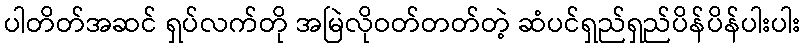
ပါတိတ်အဆင် ရှပ်လက်တို အမြဲလိုဝတ်တတ်တဲ့ ဆံပင်ရှည်ရှည်ပိန်ပိန်ပါးပါး